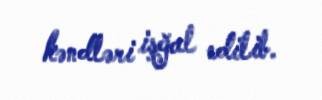
kəndləri işğal edilib.